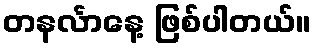
တနင်္လာနေ့ ဖြစ်ပါတယ်။